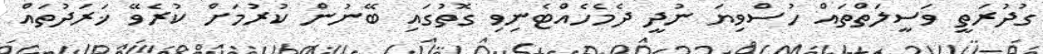
ގުދުރަތީ ވަސީލަތްތައް ހުސްވިޔަ ނުދީ ދެމެހެއްޓެނިވި ގޮތުގައި ބޭނުން ކުރުމަށް ކުރެވޭ ޚަރަދުތައް